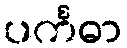
ပင်္ကဓာ